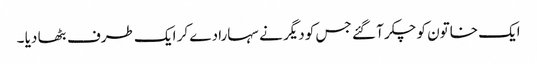
ایک خاتون کو چکر آ گئے جس کو دیگر نے سہارا دے کر ایک طرف بٹھا دیا ۔